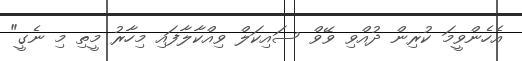
އެހެންވީމަ ކުރިން ދުއްވި ވޭވް ސައިކަލް ވިއްކާލާފައި މިހާރު މީތި މި ނެގީ"